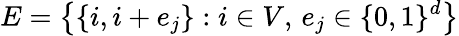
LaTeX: E=\big\{ \{ i,i+e_{j}\} :i\in V,\, e_{j}\in\{ 0,1\} ^{d}\big\}